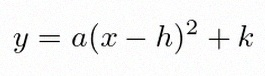
y=a(x-h)^2+k